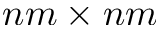
n m \times n m